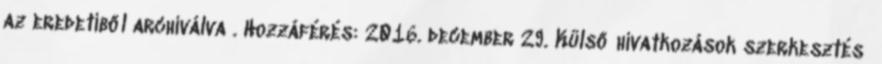
az eredetiből archiválva . Hozzáférés: 2016. december 29. Külső hivatkozások szerkesztés